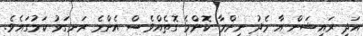
އަދި ރައިޝަން އާ މެދު ނިންމާ ކޮންމެ ގޮތެއްވެސް އެންމެ ރަނގަޅު ކަމުގައެވެ.